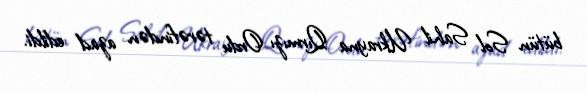
bütün Sol Sahil Ukrayna Qırmızı Ordu tərəfindən azad edildi.